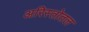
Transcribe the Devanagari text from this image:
अरिस्तोतल